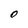
Character: 0